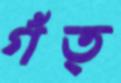
গঁত্